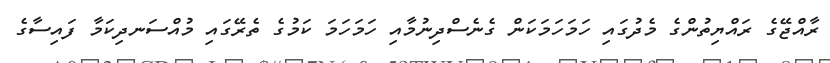
ރާއްޖޭގެ ރައްޔިތުންގެ މެދުގައި ހަމަހަމަކަން ގެނެސްދިނުމާއި ހަމަހަމަ ކަމުގެ ތެރޭގައި މުއްސަނދިކަމާ ފައިސާގެ